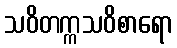
သဝိတက္ကသဝိစာရော